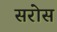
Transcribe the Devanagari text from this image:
सरोस